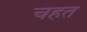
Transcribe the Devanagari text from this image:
चहत